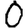
Digit: 0